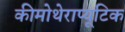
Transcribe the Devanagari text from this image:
कीमोथेराप्यूटिक